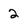
Character: 2